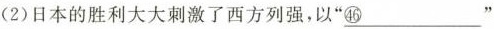
(2)日本的胜利大大刺激了西方列强，以”\underline{㊻}”